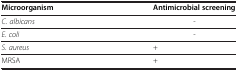
<table><thead><tr><td><b>Microorganism</b></td><td><b>Antimicrobial screening</b></td></tr></thead><tbody><tr><td><i>C</i>. <i>albicans</i></td><td>-</td></tr><tr><td><i>E</i>. <i>coli</i></td><td>-</td></tr><tr><td><i>S</i>. <i>aureus</i></td><td>+</td></tr><tr><td>MRSA</td><td>+</td></tr></tbody></table>